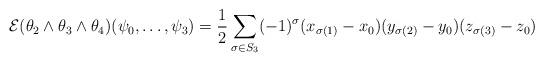
LaTeX: \begin{align*} \mathcal{E} (\theta_2\wedge \theta_3\wedge \theta_4) (\psi_0,\dots,\psi_{3})=\frac{1}{2}\sum_{\sigma \in S_3} (-1)^{\sigma} (x_{\sigma(1)}-x_0) (y_{\sigma(2)}-y_0) (z_{\sigma(3)}-z_0) \end{align*}